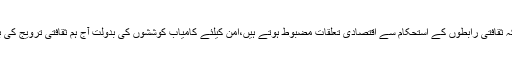
انہوں نے کہا کہ ثقافتی رابطوں کے استحکام سے اقتصادی تعلقات مضبوط ہوتے ہیں،امن کیلئے کامیاب کوششوں کی بدولت آج ہم ثقافتی ترویج کی بات کرتے ہیں۔